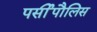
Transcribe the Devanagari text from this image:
पर्सीपौलिस